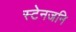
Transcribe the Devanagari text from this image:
स्टेनजनि